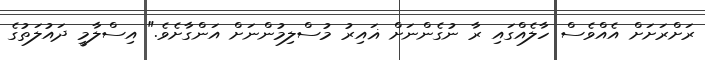
ރަށްރަށަށް އެއްވެސް ހާލެއްގައި ރާ ނުގެންނަށް ޣައިރު މުސްލިމުންނަށް އަންގާށެވެ." އިސްލާމީ ދައުލަތުގެ